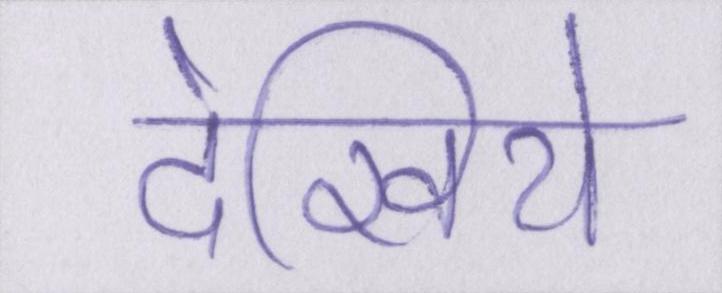
देखिये